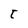
Character: t